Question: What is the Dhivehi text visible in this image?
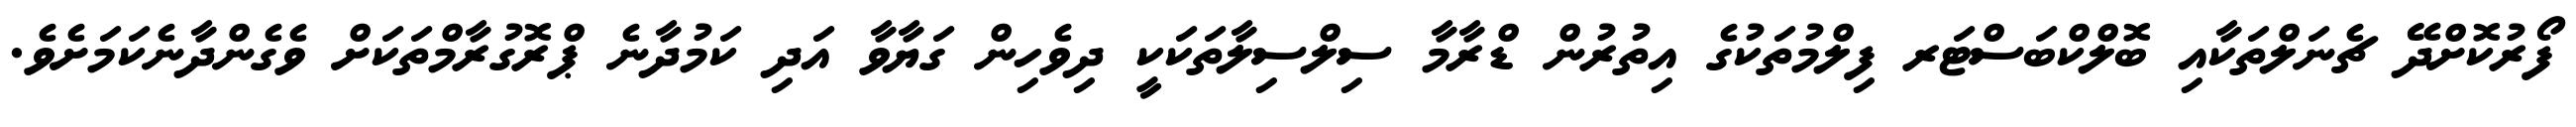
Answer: ފޯރުކޮށްދޭ ޗެނަލްތަކާއި ބޮލްކްބަސްޓަރ ފިލްމުތަކުގެ އިތުރުން ޑްރާމާ ސިލްސިލާތަކަކީ ދިވެހިން ގަޔާވާ އަދި ކަމުދާނެ ޕްރޮގުރާމްތަކަށް ވެގެންދާނެކަމަށެވެ.